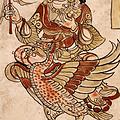
桃根桃叶终相守，伴殷勤双宿鸳鸯。